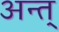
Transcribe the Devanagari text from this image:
अन्त्